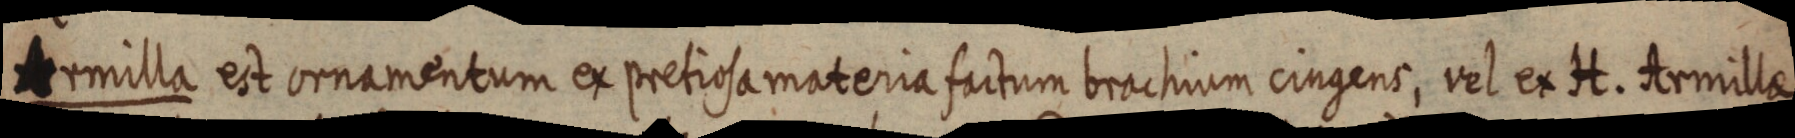
Armilla est ornamentum ex pretiosa materia factum brachium cingens, vel ex H. Armillae